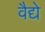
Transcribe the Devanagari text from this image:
वैद्ये